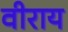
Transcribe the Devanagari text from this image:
वीराय